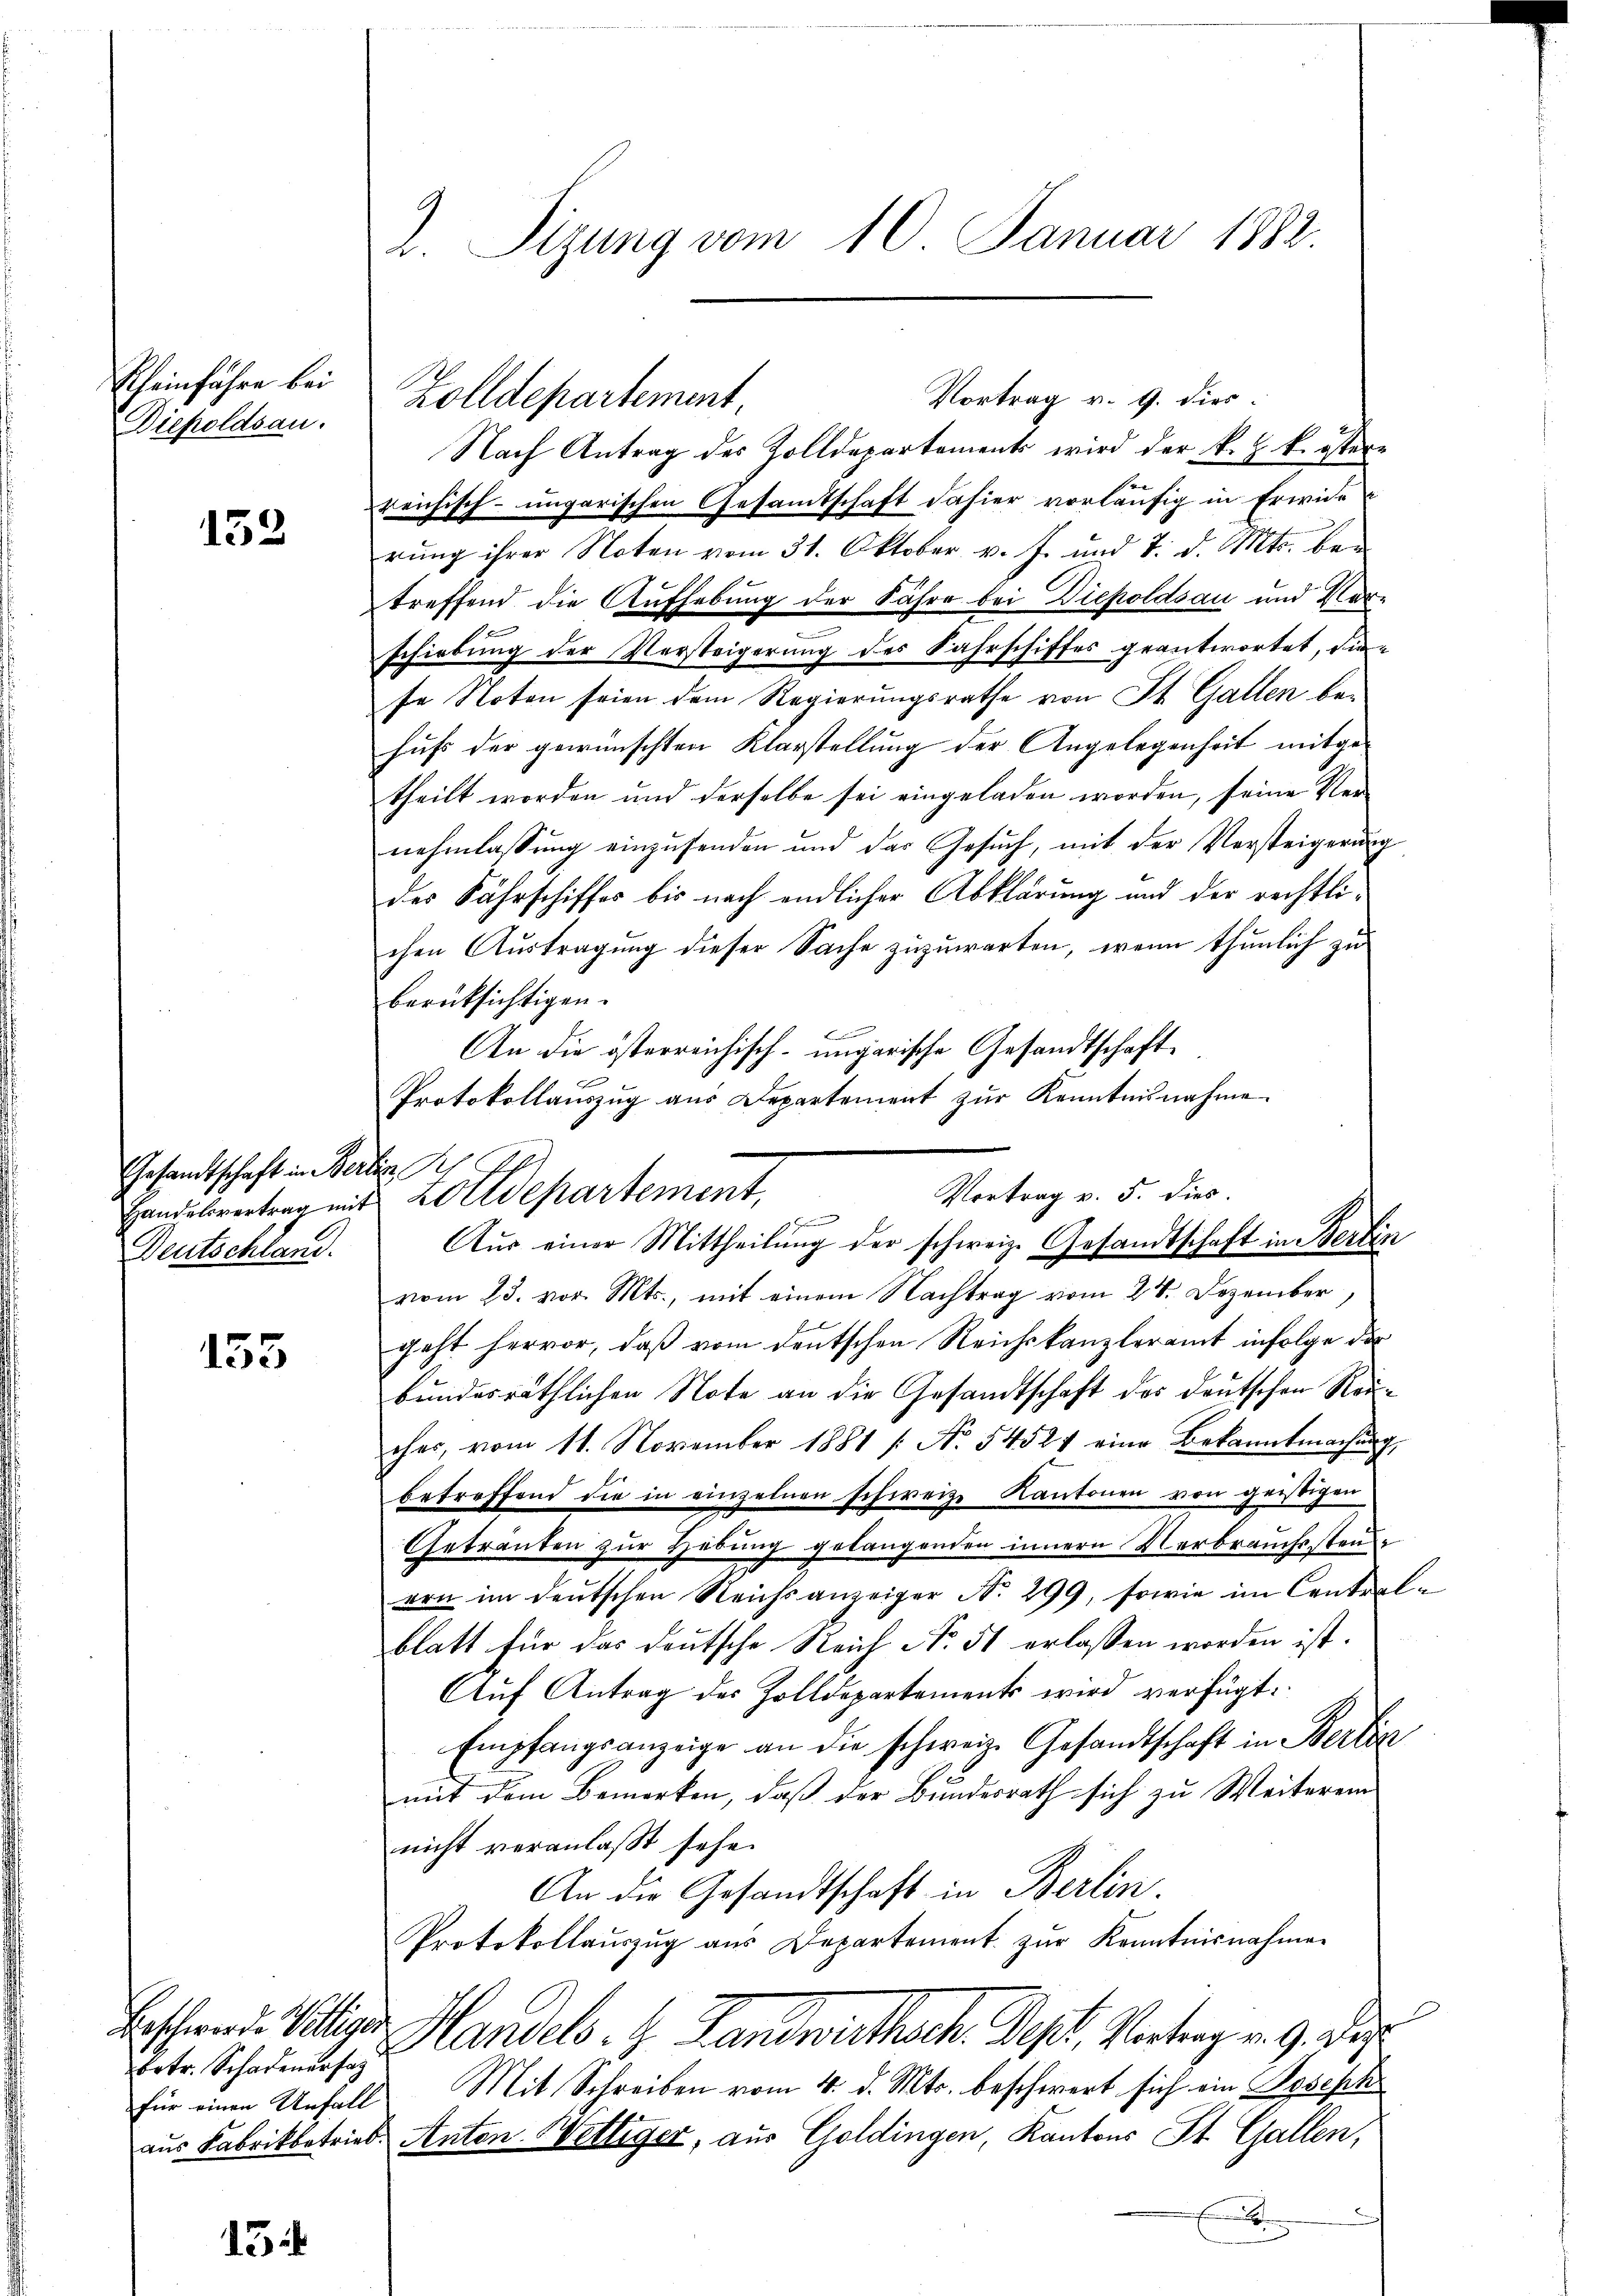
Rheinfahre bei
Diekoldsau.

153

Gesandtschaft in Ber
Handelsvertrag mit
Deutschland.

155

betr. Schadenersag
für einen Unfall

13

2. Sizung vom 10. Januar 1882.

Vortrag v. 9. dies
Nach Antrag des Zolldepartements wird der k. k. k. österreichisch-ungarischen Gesamtschaft dahier vorläufig in Erwir
rung ihrer Noten vom 31. Oktober v. J. und 7. d. Mts. be-
treffend die Aufhebung der Fähre bei Diepoldsau und Vorschiebung der Versteigerung des Fahrschiffes geantwortet, die
se Noten seien dem Regierungsrathe von St. Gallen behufs der gewünschten Klarstellung der Angelegenheit mitgetheilt worden und derselbe sei eingeladen worden, seine Vernehmlassung einzusenden und das Gesŭch, mit der Versteigerung
der Fahrschiffes bis nach endlicher Abklärung und der rechtlichen Austragung dieser Sache zuzuwarten, wenn thunlich zu
berüksichtigen.
f
An die österreichisch-ungarische Gesandtschaft
Protokollaŭszŭg aŭs Departement zŭr Kenntnisnahme.
vom 23. vor. Mts., mit einem Nachtrag vom 28. Dezember,
geht hervor, daß vom deutschen Reichskanzleramt infolge das
bundesräthlichen Note an die Gesandtschaft des deutschen Reucher, vom 11. November 1881 [ No. 54524 eine Bekanntmachung
betreffend die in einzelnen schweize Kantonen von geistigen
Getrenten zur Hebung gelangenden innern Verbrauchssten
ren im deutschen Reichsanzeiger No. 299, sowie im Controlblatt für das deutsche Reich No. 51 erlassen worden ist.
Auf Antrag des Zolldepartements wird verfügt:
Empfangsanzeige an die schweiz. Gesandtschaft in Berlin
mit dem Bemerken, daß der Bundesrath sich zu Weiterein
nicht veranlaßt sehe.
An die Gesandtschaft in Berlin.
Protokollaŭszŭg aŭs Departement zŭr Kenntnisnahmen
Bescherend Villige Handels H. Landwirthsch. Dept, Vertrag v. 9. das
Mit Schreiben vom 4. d. Mts. beschwert sich ein Joseph
aus Fabrikbetrieb. Anton Welliger, aus Goldingen, Kantons St. Gallen,
E

Zolldepartement,

die. Ich
vorschartement. Antrag u. d. der
Aŭs einer Mittheilŭng der schweiz. Gesandtschaft in Bertin